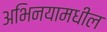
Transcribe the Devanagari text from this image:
अभिनयामधील